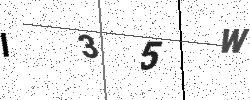
Text: I35W